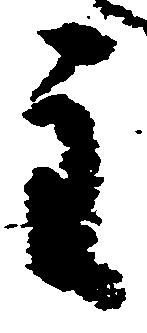
主